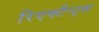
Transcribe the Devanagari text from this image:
रिएक्टैन्ट्स